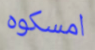
امسكوه